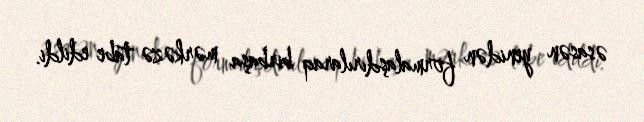
əsasən yenidən formalaşdırılaraq birbaşa mərkəzə tabe edildi.